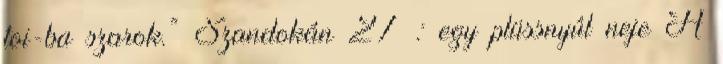
toi-ba szarok.” Szandokán 27 : egy plüssnyúl neje A